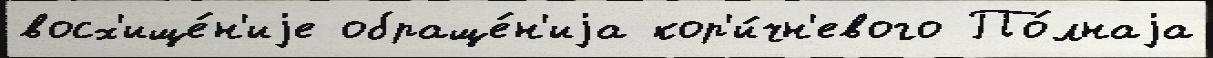
восх'ище́н'иjе обраще́н'иjа кор'и́чн'евого По́лнаjа